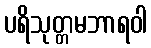
ပရိသုတ္တမဘာရဝါ